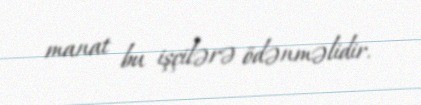
manat bu işçilərə ödənməlidir.